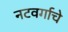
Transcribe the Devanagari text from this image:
नटवर्गाचे